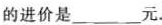
的进价是___元。